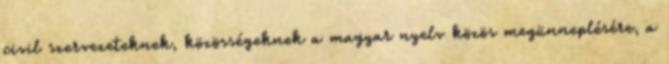
civil szervezeteknek, közösségeknek a magyar nyelv közös megünneplésére, a